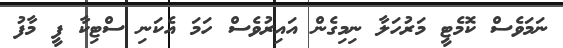
ނަމަވެސް ކޮމެޓީ މަރުހަލާ ނިމިގެން އައިރުވެސް ހަމަ އެކަނި ސްޓިކާ ފީ މާފު